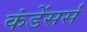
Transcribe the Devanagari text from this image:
कंडेंसर्स